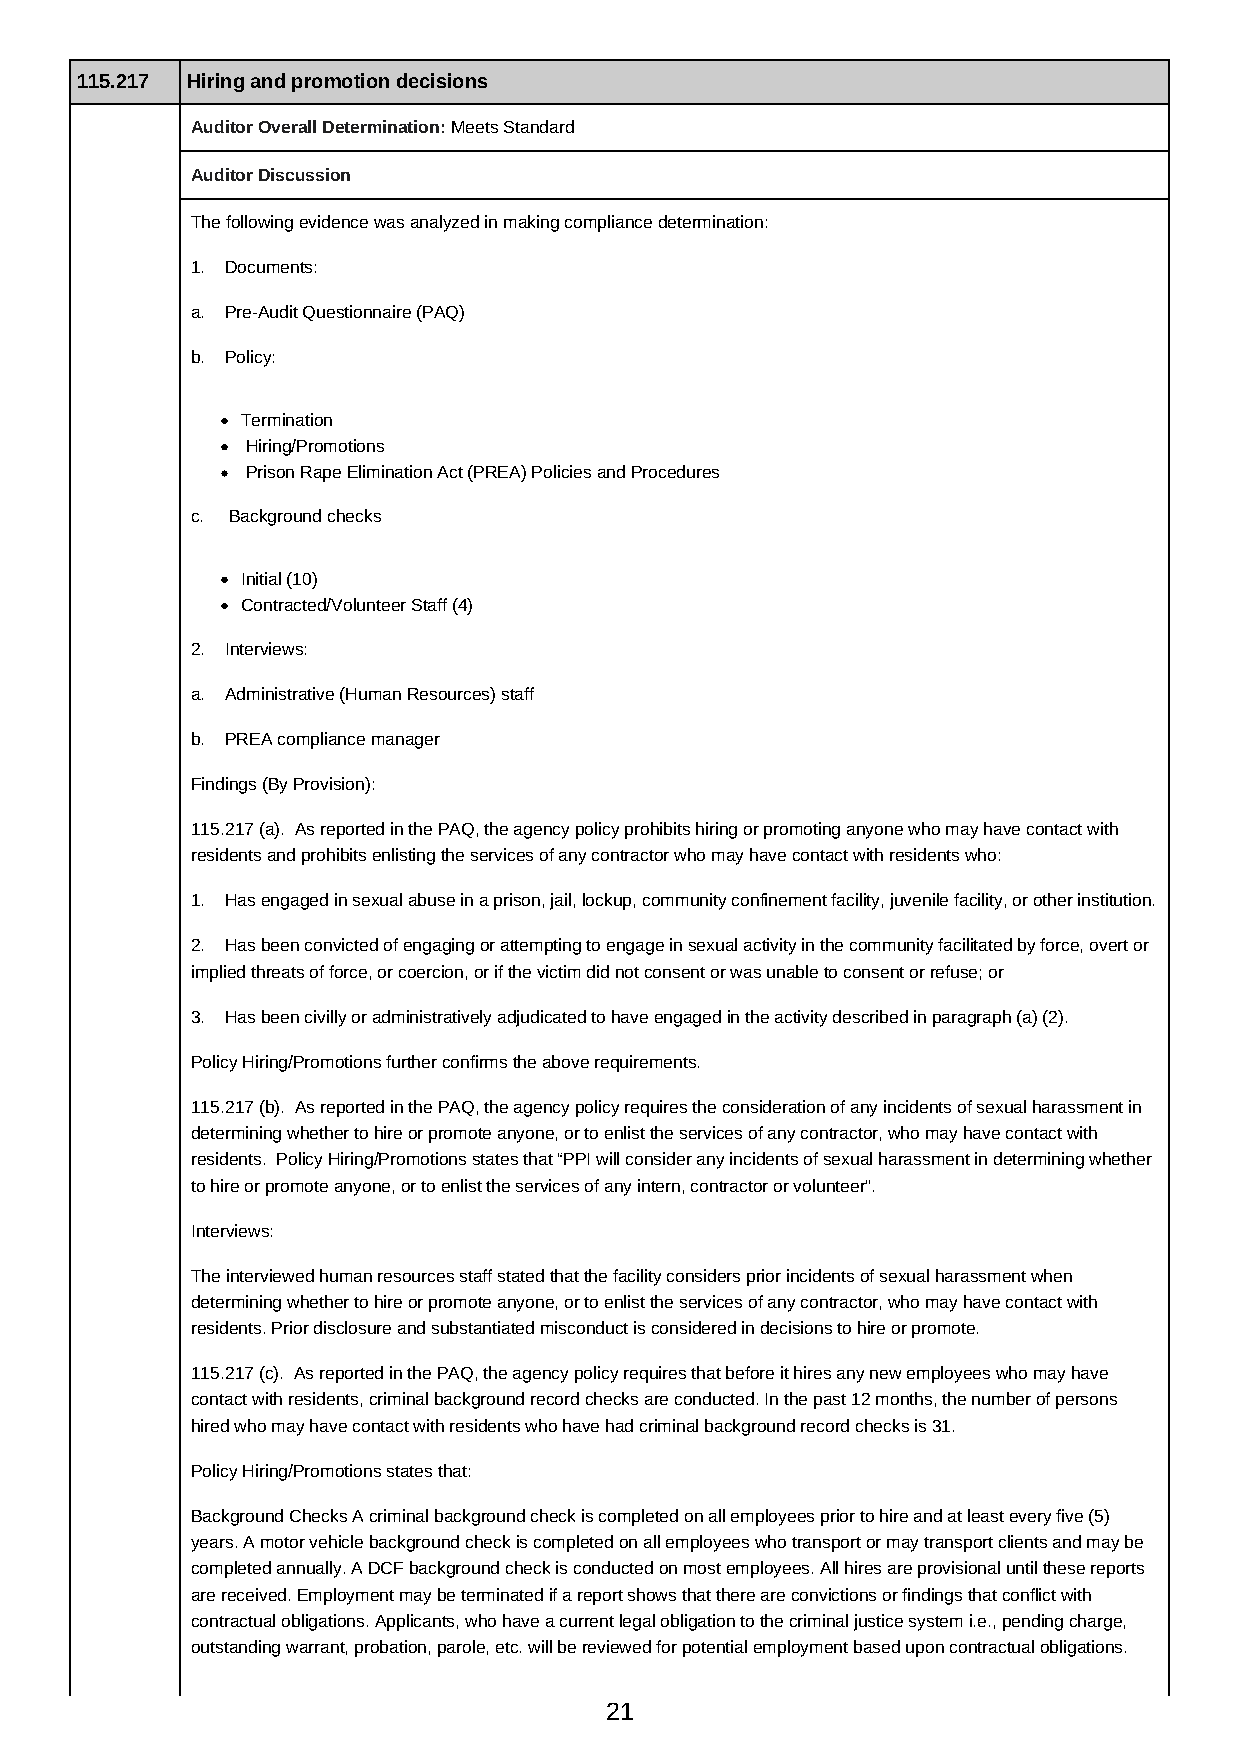
115.217 Hiring and promotion decisions
 Auditor Overall Determination: Meets Standard
 Auditor Discussion
 The following evidence was analyzed in making compliance determination:
 1. Documents:
 a. Pre-Audit Questionnaire (PAQ)
 b. Policy:
 Termination
 Hiring/Promotions
 Prison Rape Elimination Act (PREA) Policies and Procedures
 c. Background checks
 Initial (10)
 Contracted/Volunteer Staff (4)
 2. Interviews:
 a. Administrative (Human Resources) staff
 b. PREA compliance manager
 Findings (By Provision):
 115.217 (a). As reported in the PAQ, the agency policy prohibits hiring or promoting anyone who may have contact with
 residents and prohibits enlisting the services of any contractor who may have contact with residents who:
 1. Has engaged in sexual abuse in a prison, jail, lockup, community confinement facility, juvenile facility, or other institution.
 2. Has been convicted of engaging or attempting to engage in sexual activity in the community facilitated by force, overt or
 implied threats of force, or coercion, or if the victim did not consent or was unable to consent or refuse; or
 3. Has been civilly or administratively adjudicated to have engaged in the activity described in paragraph (a) (2).
 Policy Hiring/Promotions further confirms the above requirements.
 115.217 (b). As reported in the PAQ, the agency policy requires the consideration of any incidents of sexual harassment in
 determining whether to hire or promote anyone, or to enlist the services of any contractor, who may have contact with
 residents. Policy Hiring/Promotions states that “PPI will consider any incidents of sexual harassment in determining whether
 to hire or promote anyone, or to enlist the services of any intern, contractor or volunteer”.
 Interviews:
 The interviewed human resources staff stated that the facility considers prior incidents of sexual harassment when
 determining whether to hire or promote anyone, or to enlist the services of any contractor, who may have contact with
 residents. Prior disclosure and substantiated misconduct is considered in decisions to hire or promote.
 115.217 (c). As reported in the PAQ, the agency policy requires that before it hires any new employees who may have
 contact with residents, criminal background record checks are conducted. In the past 12 months, the number of persons
 hired who may have contact with residents who have had criminal background record checks is 31.
 Policy Hiring/Promotions states that:
 Background Checks A criminal background check is completed on all employees prior to hire and at least every five (5)
 years. A motor vehicle background check is completed on all employees who transport or may transport clients and may be
 completed annually. A DCF background check is conducted on most employees. All hires are provisional until these reports
 are received. Employment may be terminated if a report shows that there are convictions or findings that conflict with
 contractual obligations. Applicants, who have a current legal obligation to the criminal justice system i.e., pending charge,
 outstanding warrant, probation, parole, etc. will be reviewed for potential employment based upon contractual obligations.
 21